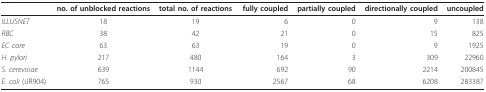
<table><thead><tr><td></td><td><b>no. of unblocked reactions</b></td><td><b>total no. of reactions</b></td><td><b>fully coupled</b></td><td><b>partially coupled</b></td><td><b>directionally coupled</b></td><td><b>uncoupled</b></td></tr></thead><tbody><tr><td><i>ILLUSNET</i></td><td>18</td><td>19</td><td>6</td><td>0</td><td>9</td><td>138</td></tr><tr><td><i>RBC</i></td><td>38</td><td>42</td><td>21</td><td>0</td><td>15</td><td>825</td></tr><tr><td><i>EC core</i></td><td>63</td><td>63</td><td>19</td><td>0</td><td>9</td><td>1925</td></tr><tr><td><i>H. pylori</i></td><td>217</td><td>480</td><td>164</td><td>3</td><td>309</td><td>22960</td></tr><tr><td><i>S. cerevisiae</i></td><td>639</td><td>1144</td><td>692</td><td>90</td><td>2214</td><td>200845</td></tr><tr><td><i>E. coli</i> (iJR904)</td><td>765</td><td>930</td><td>2567</td><td>68</td><td>6208</td><td>283387</td></tr></tbody></table>